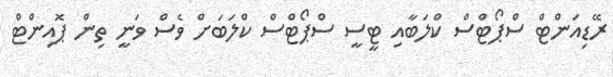
ރޭޑިއަންޓް ސްޕޯޓްސް ކްލަބާއި ޓީސީ ސްޕޯޓްސް ކްލަބަށް ވެސް ވަނީ ތިން ޕޮއިންޓް